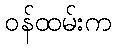
ဝန်ထမ်းက